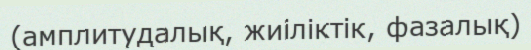
(амплитудалық, жиіліктік, фазалық)